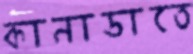
কানাডাতে